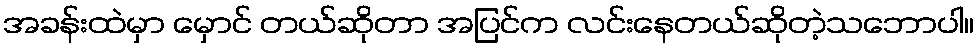
အခန်းထဲမှာ မှောင် တယ်ဆိုတာ အပြင်က လင်းနေတယ်ဆိုတဲ့သဘောပါ။